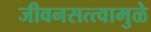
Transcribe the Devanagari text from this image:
जीवनसत्त्वामुळे